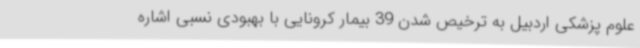
علوم پزشکی اردبیل به ترخیص شدن 39 بیمار کرونایی با بهبودی نسبی اشاره